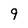
Character: 9